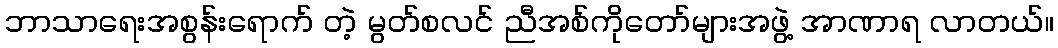
ဘာသာရေးအစွန်းရောက် တဲ့ မွတ်စလင် ညီအစ်ကိုတော်များအဖွဲ့ အာဏာရ လာတယ်။